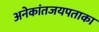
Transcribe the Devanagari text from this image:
अनेकांतजयपताका